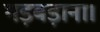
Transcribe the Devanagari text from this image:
गड़बड़ाना।